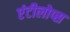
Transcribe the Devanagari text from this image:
एंटीलोप्स